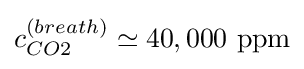
c_{CO2}^{(breath)}\simeq 40,000~{\mbox{ppm}}